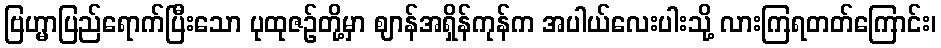
ဗြဟ္မာပြည်ရောက်ပြီးသော ပုထုဇဉ်တို့မှာ ဈာန်အရှိန်ကုန်က အပါယ်လေးပါးသို့ လားကြရတတ်ကြောင်း၊